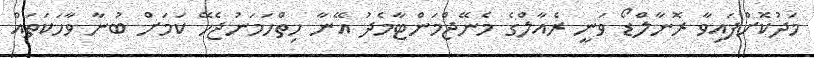
މަދުކޮށްފައިވާ ރޮނާލްޑޯ ވަނީ ރެއާލްގެ މެނޭޖްމަންޓާމެދު އޭނާ ހިތްހަމަނުޖެހޭ ކަމަށް ބުނާ ވާހަކަތައް